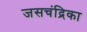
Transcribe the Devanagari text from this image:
जसचंद्रिका